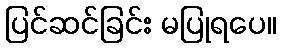
ပြင်ဆင်ခြင်း မပြုရပေ။